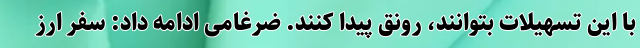
با این تسهیلات بتوانند، رونق پیدا کنند. ضرغامی ادامه داد: سفر ارز